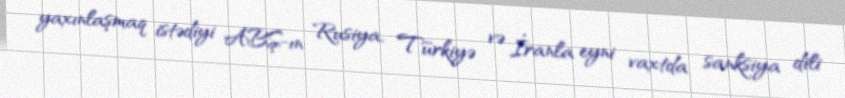
yaxınlaşmaq istədiyi ABŞ-ın Rusiya, Türkiyə və İranla eyni vaxtda sanksiya dili